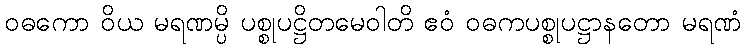
ဝဓကော ဝိယ မရဏမ္ပိ ပစ္စုပဋ္ဌိတမေဝါတိ ဧဝံ ဝဓကပစ္စုပဋ္ဌာနတော မရဏံ